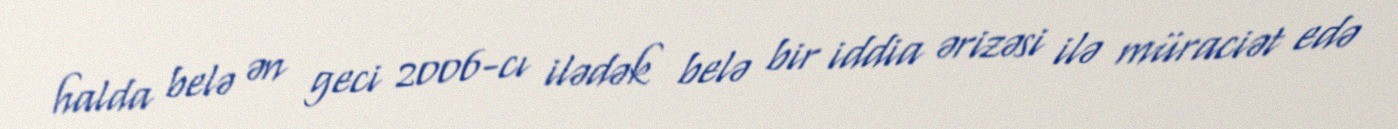
halda belə ən geci 2006-cı ilədək belə bir iddia ərizəsi ilə müraciət edə